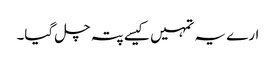
ارے یہ تمہیں کیسے پتہ چل گیا۔